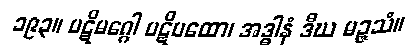
၁၉၃။ ပဋိမဂ္ဂေါ ပဋိပထော၊ အဒ္ဓါနံ ဒီဃ မဉ္ဇသံ။